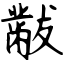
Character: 黻